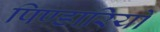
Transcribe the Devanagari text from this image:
पिण्डारियों